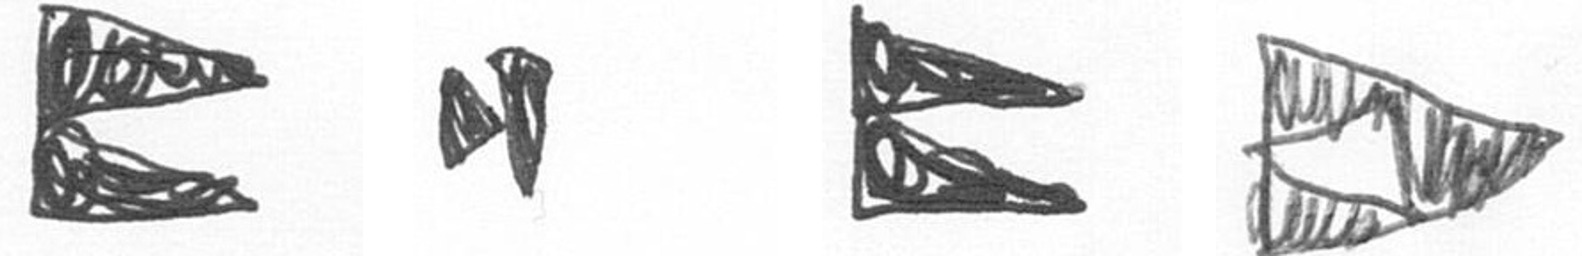
P M P K